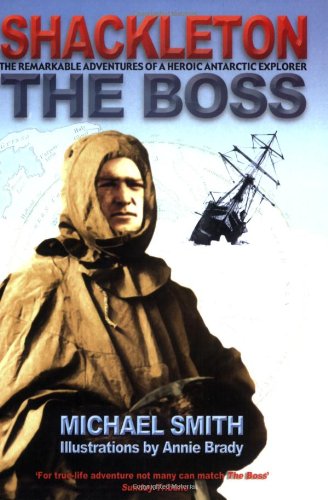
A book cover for The Boss: The Remarkable Adventures of Ernest Shackleton; Michael Smith; Children's Books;